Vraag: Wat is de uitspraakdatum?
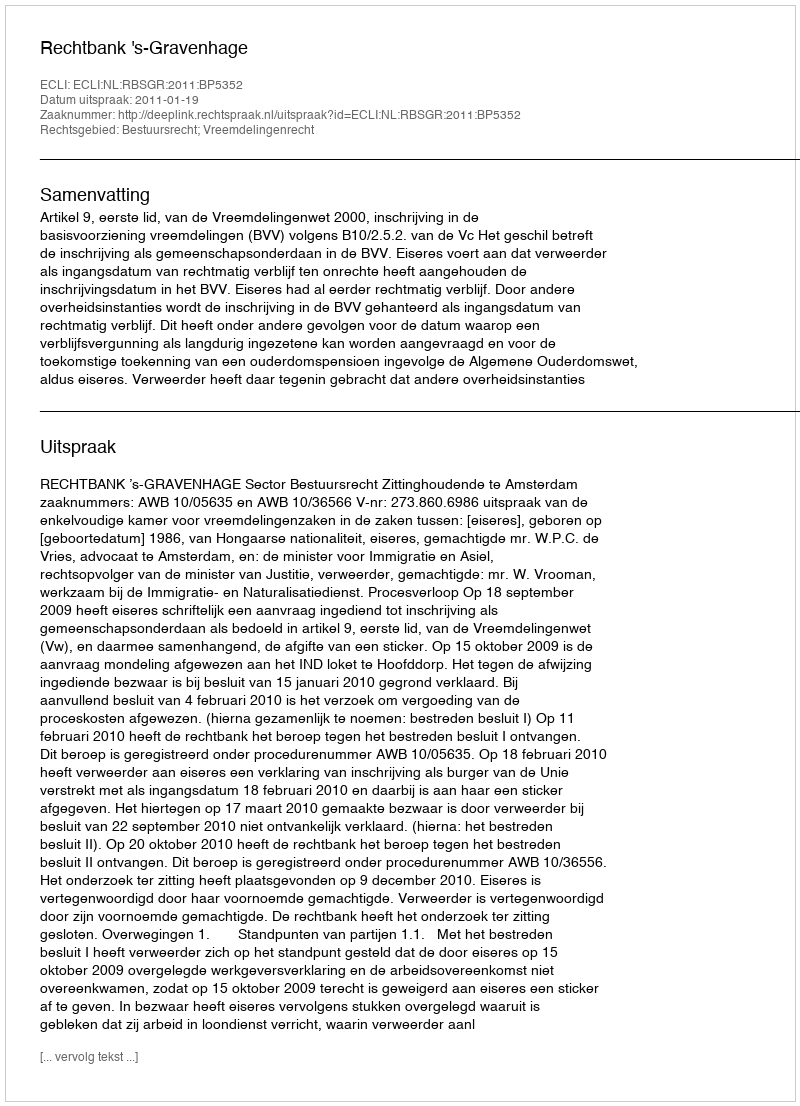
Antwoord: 2011-01-19